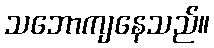
သဘောကျနေသည်။